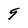
Character: 9